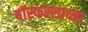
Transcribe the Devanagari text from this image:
बॉस्फरसाच्या